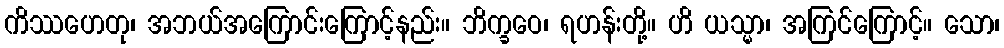
ကိဿဟေတု၊ အဘယ်အကြောင်းကြောင့်နည်း။ ဘိက္ခဝေ၊ ရဟန်းတို့။ ဟိ ယသ္မာ၊ အကြင်ကြောင့်။ သော၊